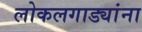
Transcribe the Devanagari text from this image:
लोकलगाड्यांना